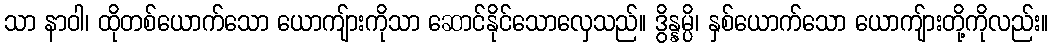
သာ နာဝါ၊ ထိုတစ်ယောက်သော ယောကျ်ားကိုသာ ဆောင်နိုင်သောလှေသည်။ ဒွိန္နမ္ပိ၊ နှစ်ယောက်သော ယောကျ်ားတို့ကိုလည်း။